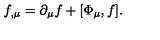
f _ { , \mu } = \partial _ { \mu } f + [ \Phi _ { \mu } , f ] .